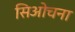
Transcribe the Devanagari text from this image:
सिओचना